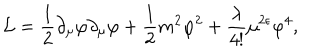
{ \mathcal L } = \frac { 1 } { 2 } \partial _ { \mu } \varphi \partial _ { \mu } \varphi + \frac { 1 } { 2 } m ^ { 2 } \varphi ^ { 2 } + \frac { \lambda } { 4 ! } \mu ^ { 2 \epsilon } \varphi ^ { 4 } ,